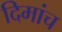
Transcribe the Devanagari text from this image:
दिमांच